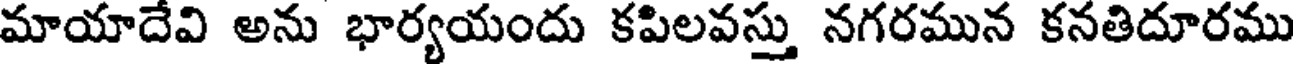
మాయాదేవి అను భార్యయందు కపిలవస్తు నగరమున కనతిదూరము